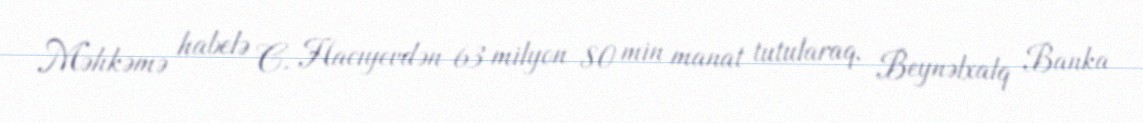
Məhkəmə habelə C. Hacıyevdən 63 milyon 80 min manat tutularaq, Beynəlxalq Banka